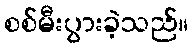
စစ်မီးပွားခဲ့သည်။